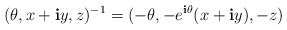
\begin{align*}(\theta,x+\mathbf{i}y,z)^{-1}=(-\theta,-e^{\mathbf{i}\theta}(x+\mathbf{i}y),-z)\end{align*}